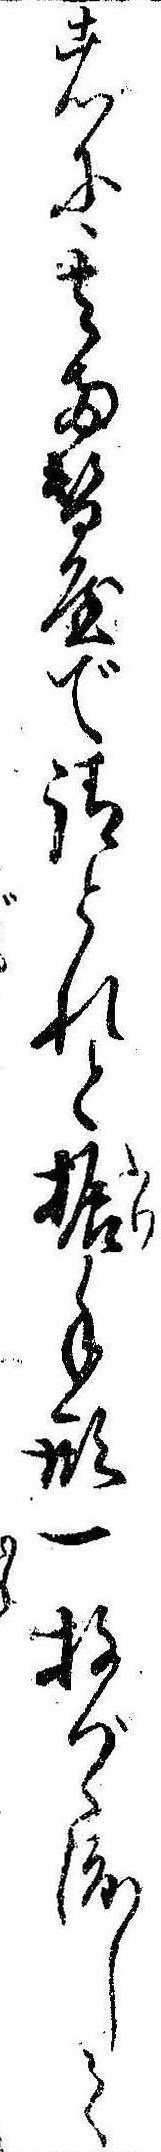
者に其両替屋で請とれと振手形一枚づゝ渡して